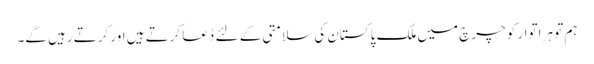
ہم تو ہر اتوار کو چرچ میں ملک پاکستان کی سلامتی کے لئے دُعا کرتے ہیں اور کرتے رہیں گے۔